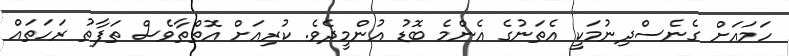
ހަމައަށް ގެނެސްދިނުމަކީ އެތަނުގެ އެންމެ ބޮޑު އުންމީދެވެ. ކުރިއަށް އޮތްތާވެސް ތަފާތު ރަހަތައް